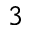
_ 3